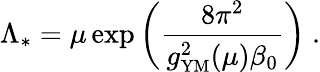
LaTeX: \Lambda_{*}=\mu\exp\left({\frac{8\pi^{2}}{g_{\mathrm{{\small YM}}}^{2}(\mu)\beta_{0}}}\right)~.